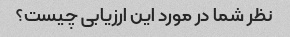
نظر شما در مورد این ارزیابی چیست؟